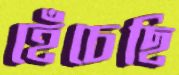
হেঁচেছি